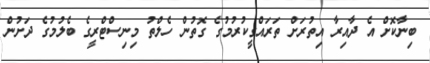
ބިނާކޮށް އެ ދާއިރާ އިތުރަށް ތަރައްގީކުރުމުގެ ގޮތުން ހެލްތު މިނިސްޓްރީގެ ބެލުމުގެ ދަށުން